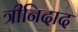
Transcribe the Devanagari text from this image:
त्रीनिदाद